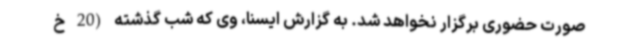
صورت حضوری برگزار نخواهد شد. به گزارش ایسنا، وی که شب گذشته (20 خ